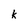
Character: k